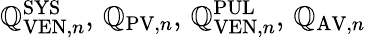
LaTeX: \mathbb{Q}_{\mathrm{{VEN}},n}^{\mathrm{{SYS}}},\, \mathbb{Q}_{\mathrm{{PV}},n},\, \mathbb{Q}_{\mathrm{{VEN}},n}^{\mathrm{{PUL}}},\, \mathbb{Q}_{\mathrm{{AV}},n}